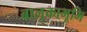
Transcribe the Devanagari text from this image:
बालुकाभूमि